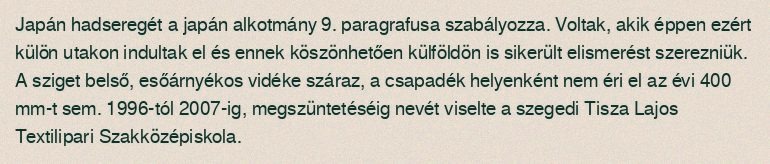
Japán hadseregét a japán alkotmány 9. paragrafusa szabályozza. Voltak, akik éppen ezért külön utakon indultak el és ennek köszönhetően külföldön is sikerült elismerést szerezniük. A sziget belső, esőárnyékos vidéke száraz, a csapadék helyenként nem éri el az évi 400 mm-t sem. 1996-tól 2007-ig, megszüntetéséig nevét viselte a szegedi Tisza Lajos Textilipari Szakközépiskola.